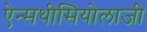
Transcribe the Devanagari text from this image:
ऐन्सथीसियोलाजी